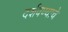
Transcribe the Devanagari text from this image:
दर्शवण्याचे